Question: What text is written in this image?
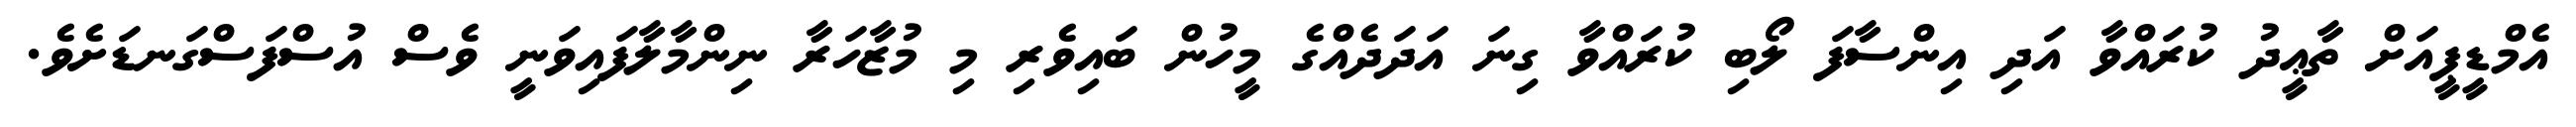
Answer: އެމްޑީޕީއަށް ތާޢީދު ކުރައްވާ އަދި އިންސާފަ ލޯބި ކުރައްވާ ގިނަ އަދަދެއްގެ މީހުން ބައިވެރި މި މުޒާހަރާ ނިންމާލާފައިވަނީ ވެސް އުސްފަސްގަނޑަށެވެ.